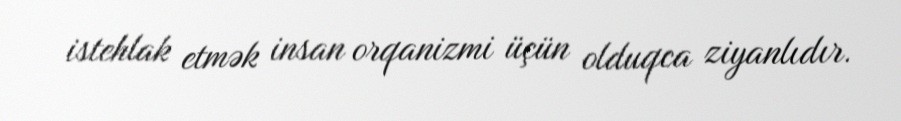
istehlak etmək insan orqanizmi üçün olduqca ziyanlıdır.